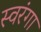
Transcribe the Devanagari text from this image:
स्वरंगा